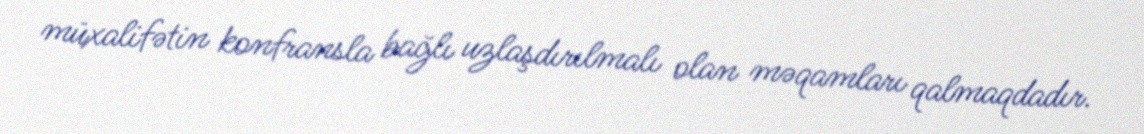
müxalifətin konfransla bağlı uzlaşdırılmalı olan məqamları qalmaqdadır.